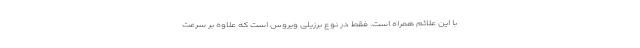
با این علائم همراه است. فقط در نوع برزیلی ویروس است که علاوه بر سرعت